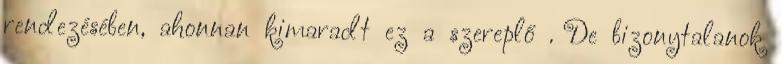
rendezésében, ahonnan kimaradt ez a szereplő . De bizonytalanok